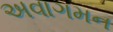
અવાગમન